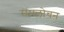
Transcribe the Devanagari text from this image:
समलोचन